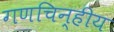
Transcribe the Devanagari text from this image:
गणचिन्हीय